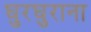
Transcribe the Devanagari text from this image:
घुरघुराना